Report of the Municipal Commissioner on the plague in Bombay for the year ending 31st May... - Volume 1
Disease focus: Plague
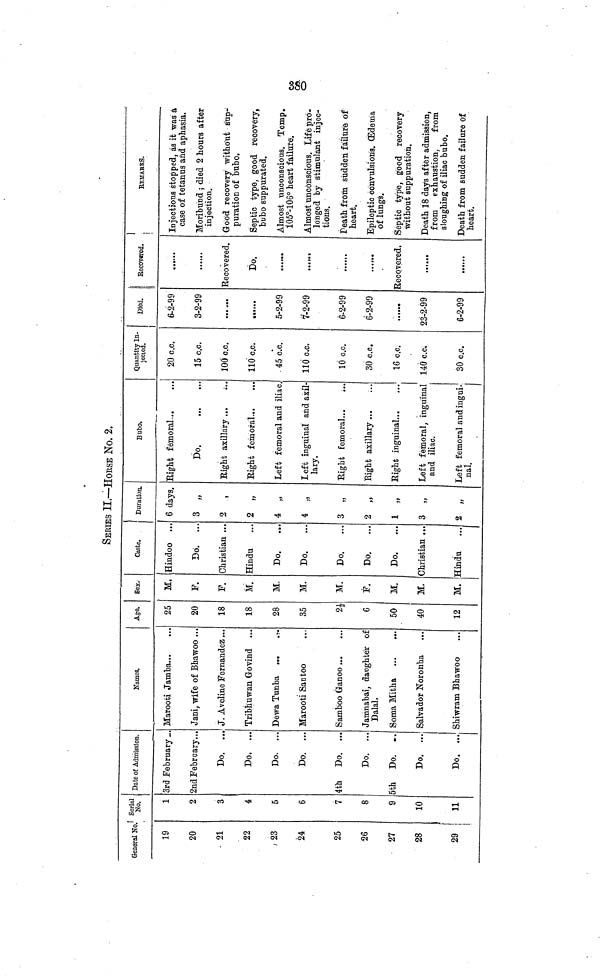
380
SERIES II.—HOESE No. 2.
GenermNo. 1 S1
9
20
21
22
23
24
25
26
27
28
29
1
2
3
4
5
6
7
8
9
10
11
Date of Admission.
3rd .February ...
2nd February,,.
Do. ...
Do. ...
Do. ...
Do. ...
4th Do. ...
Do. ...
5th Do. . .
Do. ...
Do. ...
Names.
Marooti Jamba
Jani, wife of Bhawoo ...
J. Aveline Fernandez ...
Tribhuwan Govind ...
Dewa Tunba ...
.?.
Marooti Santoo
Samboo Ganoo
Jamnabai, daughter of
Dalai.
Soma Mitha
Salvador Noronha
Shiwram Bhawoo
Ago.
25
20
18
18
28
35
2*
6
50
40
12
Bex.
M.
F.
F.
M.
M.
M.
M.
F.
M.
M.
M.
Caste.
Hindoo ...
Do. ...
Christian ...
Hindu
Do.
Do.
Do.
Do.
Do.
Christian ...
Hindu
Duration.
6 days.
3 „
2
2 „
4 „
*
„
3 „
2 „
1 „
3 „
2 „
Bubo.
Eight femoral-
Do
Right axillary ...
;..
Eight femoral
Left femoral and iliac.
Left inguinal and axil-
lary.
Eight femoral
Eight axillary
Right inguinal
Left femoral, inguinal
and iliac.
Left femoral and ingui-
nal.
Quantity In-
jected.
20 c.c.
15 c.c.
100 c.c.
110 c.c.
45 c.c.
110 c.c.
10 c.c.
30 c.c.
16 c.c.
140 c.c,
30 c.c.
Died. | Recovered.
6-2-99
3-2-99
««it··
5-2-99
7-2-99
6-2-99
6-2-99
23-2-99
6-2-99
······
Recovered.
Do.
Recovered.
......
1
,
KEMABKS.
I
Injections stopped, as it was á
case of tetanus and aphasia.
Moribund ; died 2 hours after
injection.
Good recovery witho'nt sup-
puration of bubo.
Septic type, good recovery,
bubo suppurated.
Almost unconscious. Temp.
105°-106° heart failure.
Almost unconscious. Life pro-
longed by stimulant injec-
tions.
Death from sudden failure of
heart.
Epileptic convulsions. (Edema
of lungs.
Septic type, good recovery
without suppuration.
Death 18 days after admission,
from exhaustion,
from
sloughing of iliac bubo.
Death from sudden failure of
heart.